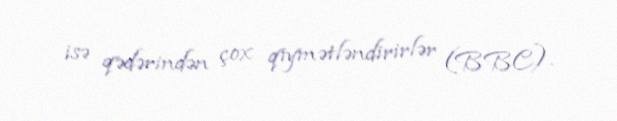
isə qədərindən çox qiymətləndirirlər (BBC).